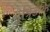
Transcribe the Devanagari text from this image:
युत्रिउस्के